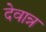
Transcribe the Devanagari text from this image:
देवान्न